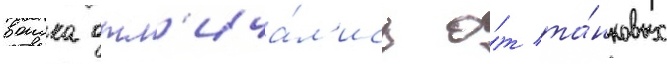
воиска отл'ича́л'ись о́т та́нковых